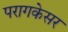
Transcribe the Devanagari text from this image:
परागकेसर